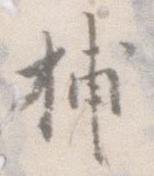
捕